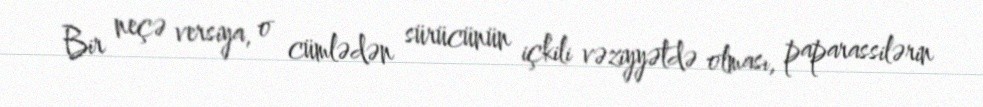
Bir neçə versiya, o cümlədən sürücünün içkili vəziyyətdə olması, paparassilərin